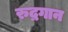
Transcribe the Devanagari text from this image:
रुद्रगान